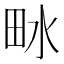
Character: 𤱄